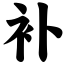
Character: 补